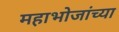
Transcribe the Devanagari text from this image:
महाभोजांच्या